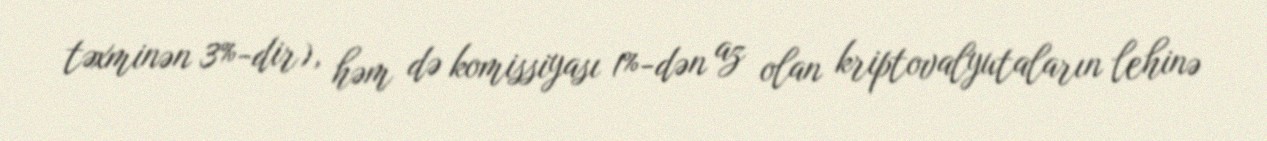
təxminən 3%-dir), həm də komissiyası 1%-dən az olan kriptovalyutaların lehinə